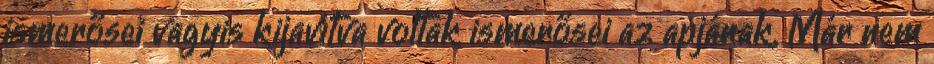
ismerősei vagyis kijavítva voltak ismerősei az apjának. Már nem